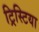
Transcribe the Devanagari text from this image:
ट्रिस्टिया